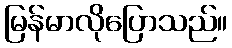
မြန်မာလိုပြောသည်။